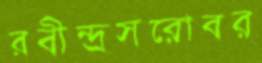
রবীন্দ্রসরোবর